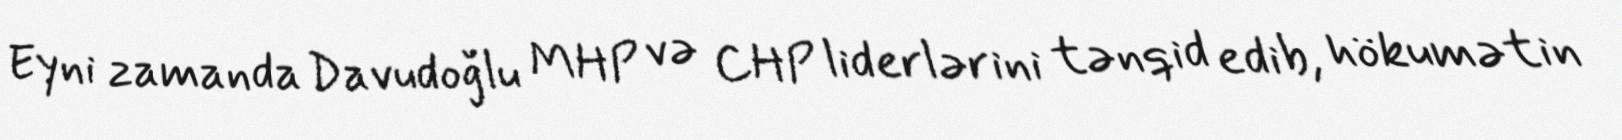
Eyni zamanda Davudoğlu MHP və CHP liderlərini tənqid edib, hökumətin